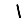
Digit: 1